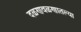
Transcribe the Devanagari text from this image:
दळणवळणातल्या